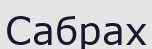
Сабрах